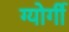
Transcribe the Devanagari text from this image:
ग्योर्गी